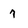
Character: 7